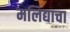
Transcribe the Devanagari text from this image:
मलिद्याचा